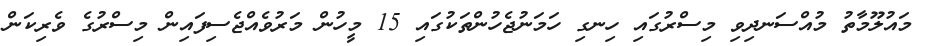
މައުލޫމާތު މުއްސަނދިވި މިސްރުގައި ހިނގި ހަމަނުޖެހުންތަކުގައި 15 މީހުން މަރުވެއްޖެސިފައިން މިސްރުގެ ވެރިކަން